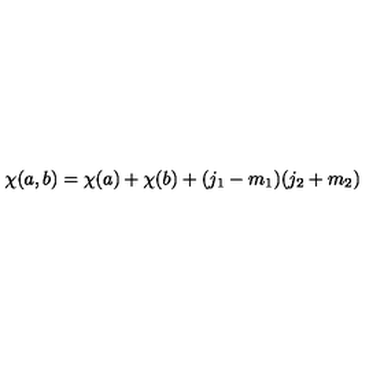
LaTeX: \chi ( a , b ) = \chi ( a ) + \chi ( b ) + ( j _ { 1 } - m _ { 1 } ) ( j _ { 2 } + m _ { 2 } )